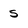
Character: S